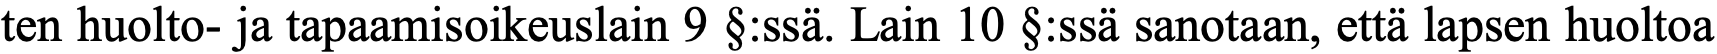
ten huolto- ja tapaamisoikeuslain 9 §:ssä. Lain 10 §:ssä sanotaan, että lapsen huoltoa